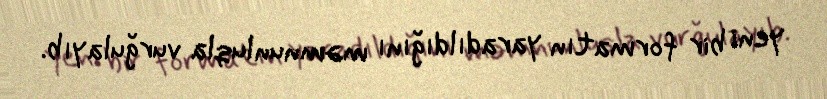
yeni bir formatın yaradıldığını məmnunluqla vurğulayıb.